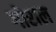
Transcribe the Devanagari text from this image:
गोराल